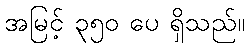
အမြင့် ၃၅၀ ပေ ရှိသည်။